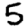
Digit: 5